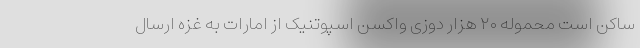
ساکن است محموله ۲۰ هزار دوزی واکسن اسپوتنیک از امارات به غزه ارسال